Civil Veterinary Dept. Bombay admin report 1932-41 - 1932-1941
Year: 1932
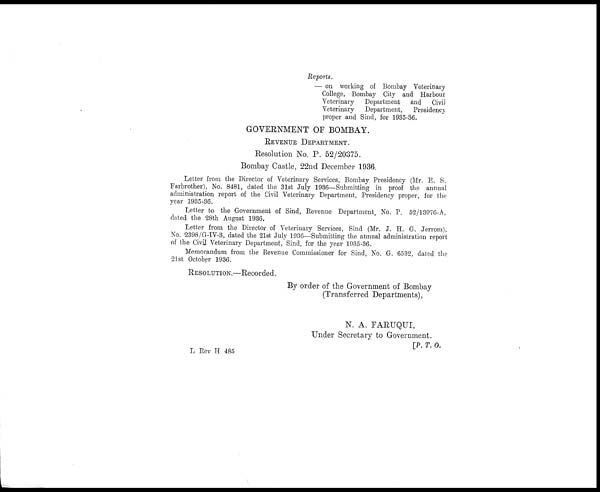
Reports.
— on working of Bombay Veterinary
College, Bombay City and Harbour
Veterinary Department and Civil
Veterinary Department, Presidency
proper and Sind, for 1935-36.
GOVERNMENT OF BOMBAY.
REVENUE DEPARTMENT.
Resolution No. P. 52/20375.
Bombay Castle, 22nd December 1936.
Letter from the Director of Veterinary Services, Bombay Presidency (Mr. E. S.
Farbrother), No. 8481, dated the 31st July 1936—Submitting in proof the annual
administration report of the Civil Veterinary Department, Presidency proper, for the
year 1935-36.
Letter to the Government of Sind, Revenue Department, No. P. 52/13976-A,
dated the 28th August 1936.
Letter from the Director of Veterinary Services, Sind (Mr. J. H. G. Jerrom),
No. 2398/G-IV-3, dated the 21st July 1936—Submitting the annual administration report
of the Civil Veterinary Department, Sind, for the year 1935-36.
Memorandum from the Revenue Commissioner for Sind, No. G. 6532, dated the
21st October 1936.
RESOLUTION.—Recorded.
By order of the Government of Bombay
(Transferred Departments),
N. A. FARUQUI,
Under Secretary to Government.
[P. T. O.
L Rev H 485